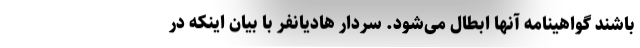
باشند گواهینامه آنها ابطال می‌شود. سردار هادیانفر با بیان اینکه در